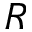
R